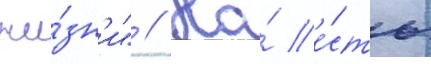
жи́зн'и" // На́ е́сть